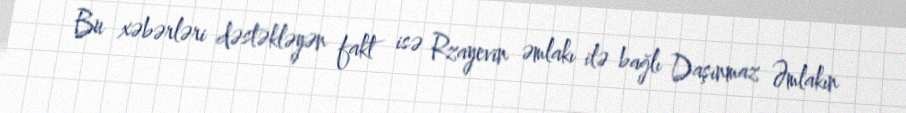
Bu xəbərləri dəstəkləyən fakt isə Rzayevin əmlakı ilə bağlı Daşınmaz Əmlakın